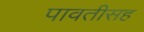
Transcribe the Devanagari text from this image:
पावतीसह